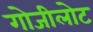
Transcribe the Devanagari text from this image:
गोजीलोट